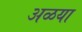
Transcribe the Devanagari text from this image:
अळया